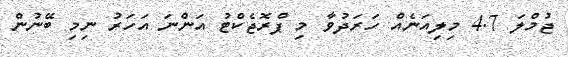
ޖުމްލަ 4.7 މިލިއަނެއް ހަރަދުވާ މި ޕްރޮޖެކްޓު އަންނަ އަހަރު ނިމި ބޭނުން